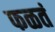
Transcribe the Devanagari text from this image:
फळतं